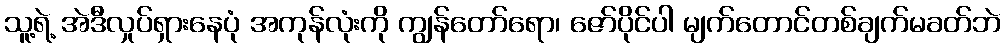
သူ့ရဲ့ အဲဒီလှုပ်ရှားနေပုံ အကုန်လုံးကို ကျွန်တော်ရော၊ ဇော်ပိုင်ပါ မျက်တောင်တစ်ချက်မခတ်ဘဲ